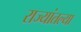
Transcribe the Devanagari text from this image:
राज्यांतल्या